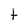
Character: t